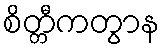
စိတ္တီကတွာန